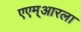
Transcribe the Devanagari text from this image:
एएम्‌आरला